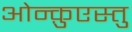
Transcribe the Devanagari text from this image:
ओन्क़ुएस्तु